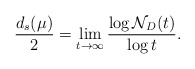
\begin{align*} \frac{d_s(\mu)}{2} = \lim_{t\to\infty} \frac{\log{\mathcal{N}_D (t)}}{\log{t} } .\end{align*}